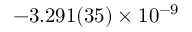
- 3 . 2 9 1 ( 3 5 ) \times 1 0 ^ { - 9 }